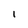
Character: l